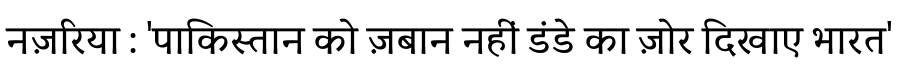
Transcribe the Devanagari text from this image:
नज़रिया : 'पाकिस्तान को ज़बान नहीं डंडे का ज़ोर दिखाए भारत'